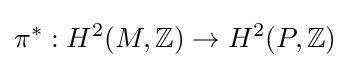
\pi ^{*}:H^{2}(M,\mathbb {Z} )\to H^{2}(P,\mathbb {Z} )